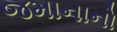
જમાનાનો